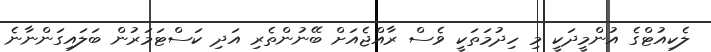
ލެކިއުޓްގެ އުންމީދަކީ މި ހިދުމަތަކީ ވެސް ރާއްޖެއަށް ބޭނުންތެރި އަދި ކަސްޓަމަރުން ބަލައިގަންނާނެ